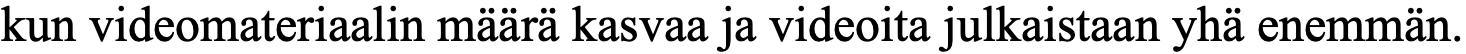
kun videomateriaalin määrä kasvaa ja videoita julkaistaan yhä enemmän.